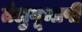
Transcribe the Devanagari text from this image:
तेलुगूभाषी